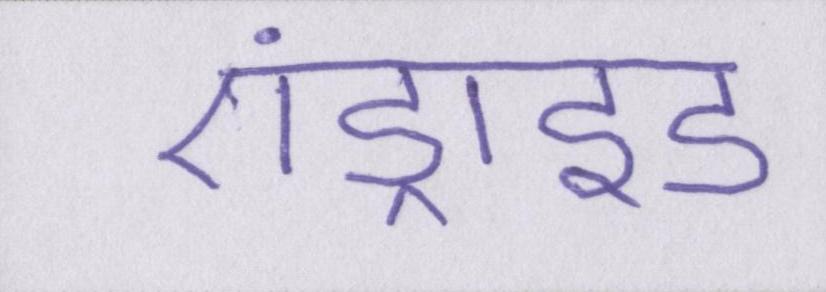
एंड्राइड